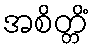
အစိတ္တိံ